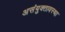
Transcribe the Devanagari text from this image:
असंयुक्तावस्था